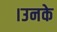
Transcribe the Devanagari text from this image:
।उनके